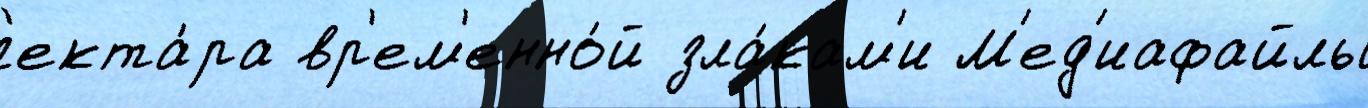
г'екта́ра вр'ем'енно́й зла́кам'и М'ед'иафайлы